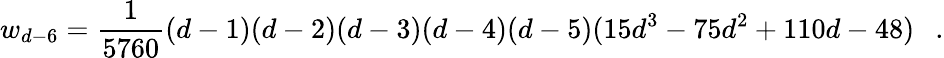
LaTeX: w_{d-6}={\frac{1}{5760}}(d-1)(d-2)(d-3)(d-4)(d-5)(15d^{3}-75d^{2}+110d-48)~~~.